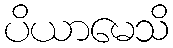
ပိယာမေသိ